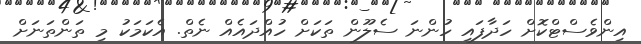
އިންވެސްޓްކޮށް ހަދާފައި ހުންނަ ސެލޫން ތަކަށް ހުއްދައެއް ނެތް. އެކަމަކު މި ތަންތަނަށް